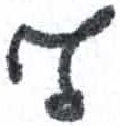
אות: ף